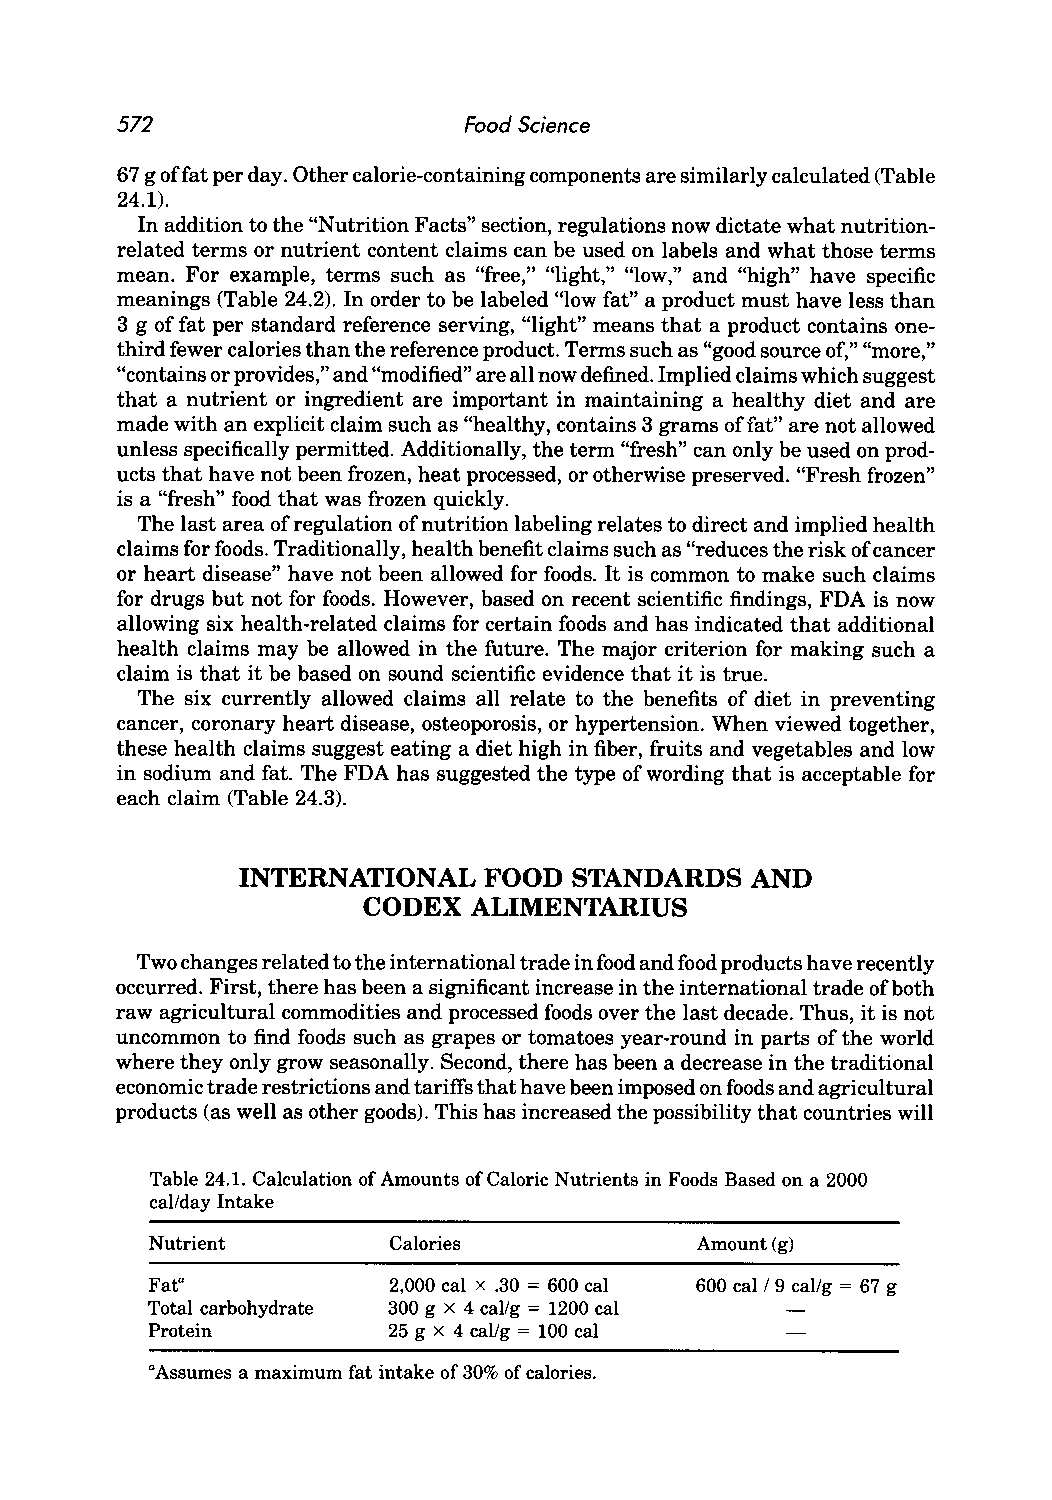
572                    Food Science
 67 g offat per day. Other calorie-containing components are similarly calculated (Table
 24.1).
 In addition to the "Nutrition Facts" section, regulations now dictate what nutrition
 related terms or nutrient content claims can be used on labels and what those terms
 mean. For example, terms such as "free," "light," "low," and "high" have specific
 meanings (Table 24.2). In order to be labeled "low fat" a product must have less than
 3 g of fat per standard reference serving, "light" means that a product contains one
 third fewer calories than the reference product. Terms such as "good source of," "more,"
 "contains or provides," and "modified" are all now defined. Implied claims which suggest
 that a nutrient or ingredient are important in maintaining a healthy diet and are
 made with an explicit claim such as "healthy, contains 3 grams offa t" are not allowed
 unless specifically permitted. Additionally, the term "fresh" can only be used on prod
 ucts that have not been frozen, heat processed, or otherwise preserved. "Fresh frozen"
 is a "fresh" food that was frozen quickly.
 The last area of regulation of nutrition labeling relates to direct and implied health
 claims for foods. Traditionally, health benefit claims such as "reduces the risk of cancer
 or heart disease" have not been allowed for foods. It is common to make such claims
 for drugs but not for foods. However, based on recent scientific findings, FDA is now
 allowing six health-related claims for certain foods and has indicated that additional
 health claims may be allowed in the future. The major criterion for making such a
 claim is that it be based on sound scientific evidence that it is true.
 The six currently allowed claims all relate to the benefits of diet in preventing
 cancer, coronary heart disease, osteoporosis, or hypertension. When viewed together,
 these health claims suggest eating a diet high in fiber, fruits and vegetables and low
 in sodium and fat. The FDA has suggested the type of wording that is acceptable for
 each claim (Table 24.3).
 INTERNATIONAL   FOOD  STANDARDS   AND
 CODEX  ALIMENTARIUS
 Two changes related to the international trade in food and food products have recently
 occurred. First, there has been a significant increase in the international trade of both
 raw agricultural commodities and processed foods over the last decade. Thus, it is not
 uncommon to find foods such as grapes or tomatoes year-round in parts of the world
 where they only grow seasonally. Second, there has been a decrease in the traditional
 economic trade restrictions and tariffs that have been imposed on foods and agricultural
 products (as well as other goods). This has increased the possibility that countries will
 Table 24.1. Calculation of Amounts of Caloric Nutrients in Foods Based on a 2000
 cal/day Intake
 Nutrient        Calories            Amount (g)
 FatO            2,000 cal x .30 = 600 cal 600 cal / 9 cal/g = 67 g
 Total carbohydrate 300 g x 4 callg = 1200 cal
 Protein         25 g x 4 cal/g = 100 cal
 °Assumes a maximum fat intake of 30% of calories.